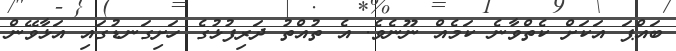
ބައްޕަ އަކަށް ކެތްވާނެ ކަމެއް ނޫނެވެ. އެ ތުއްތު ދަރިފުޅުގެ ހަށިގަނޑުގައި އަޅާވޭން